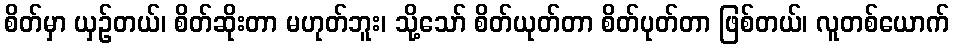
စိတ်မှာ ယှဉ်တယ်၊ စိတ်ဆိုးတာ မဟုတ်ဘူး၊ သို့သော် စိတ်ယုတ်တာ စိတ်ပုတ်တာ ဖြစ်တယ်၊ လူတစ်ယောက်